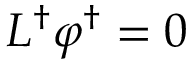
{ \cal L } ^ { \dagger } \boldsymbol { \varphi } ^ { \dagger } = 0